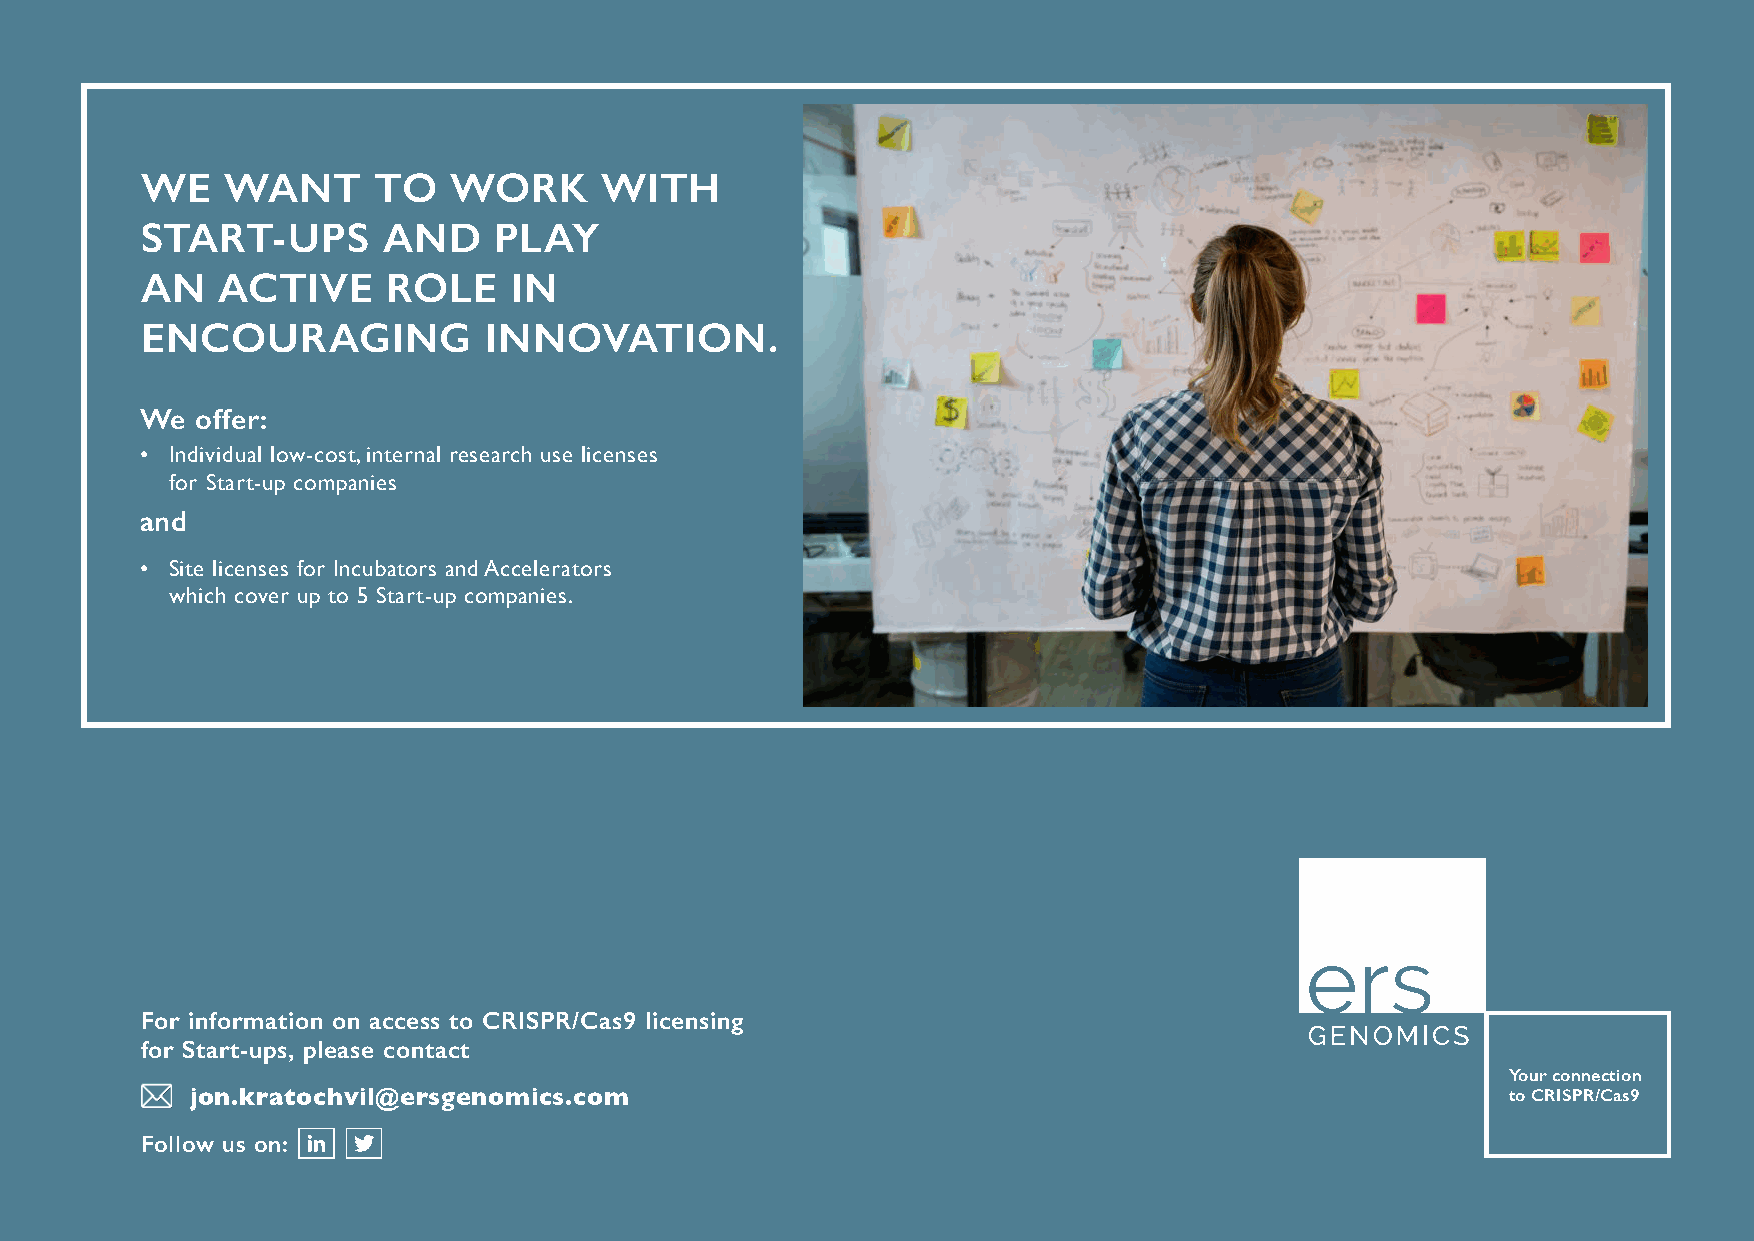
WE    WANT      TO   WORK      WITH
 START-UPS       AND     PLAY
 AN   ACTIVE      ROLE    IN
 ENCOURAGING            INNOVATION.
 We  offer:
 • Individual low-cost, internal research use licenses
 for Start-up companies
 and
 • Site licenses for Incubators and Accelerators
 which cover up to 5 Start-up companies.
 For information on access to CRISPR/Cas9 licensing
 for Start-ups, please contact
 Your connection
 jon.kratochvil@ersgenomics.com                                                         to CRISPR/Cas9
 Follow us on: